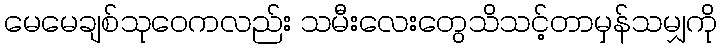
မေမေချစ်သုဝေကလည်း သမီးလေးတွေသိသင့်တာမှန်သမျှကို